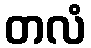
တလံ